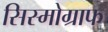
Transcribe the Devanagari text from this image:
सिस्मोग्राफ